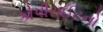
કોપીરાઈટનો